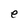
Character: e